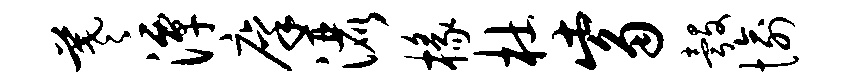
羲潭廪洒椽杜觜彀愉